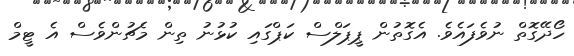
ހޯދޭގޮތް ނުވެފައެވެ. އެގޮތުން ޕީޕަލްސް ކަޕްގައި ކުޅުނު ތިން މެޗުންވެސް އެ ޓީމް